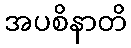
အပစိနာတိ